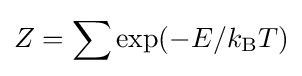
Z=\sum \exp(-E/k_{\rm {B}}T)